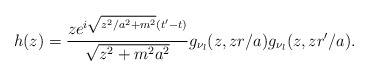
\begin{align*}h(z)=\frac{ze^{i\sqrt{z^{2}/a^{2}+m^{2}}(t^{\prime}-t)}}{\sqrt{z^{2}+m^{2}a^{2}}}g_{\nu _{l} }(z,zr/a)g_{\nu _{l}}(z,zr^{\prime }/a). \end{align*}